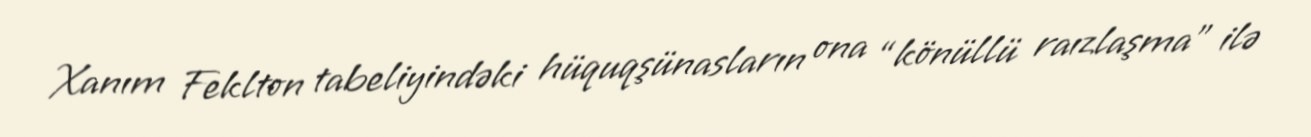
Xanım Feklton tabeliyindəki hüquqşünasların ona “könüllü raızlaşma” ilə